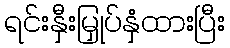
ရင်းနှီးမြှုပ်နှံထားပြီး